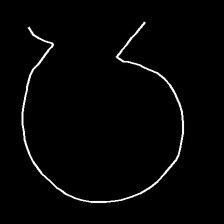
Glyph: weave